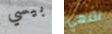
بيسي لننهي